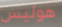
هوليس